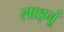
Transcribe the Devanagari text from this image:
लाड्नूं